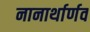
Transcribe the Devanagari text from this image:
नानार्थार्णव